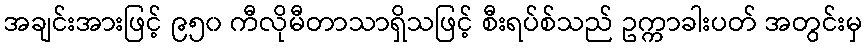
အချင်းအားဖြင့် ၉၅၀ ကီလိုမီတာသာရှိသဖြင့် စီးရပ်စ်သည် ဥက္ကာခါးပတ် အတွင်းမှ